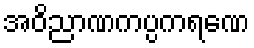
အဝိညာဏကပ္ပကရဏေ